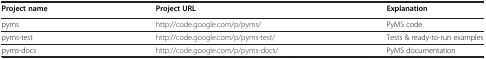
| Project name | Project URL | Explanation |
 | --- | --- | --- |
 | pyms | http://code.google.com/p/pyms/ | PyMS code |
 | pyms-test | http://code.google.com/p/pyms-test/ | Tests & ready-to-run examples |
 | pyms-docs | http://code.google.com/p/pyms-docs/ | PyMS documentation |